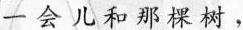
一会儿和那棵树，